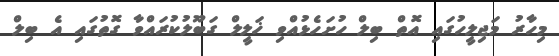
މިހާރު މަޖިލީހުގައި އޮތް ބިލް ހުށަހެޅުއްވި ޚަލީލް ގަބޫލުކުރައްވާ ގޮތުގައި އެ ބިލް